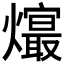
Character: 𤑧